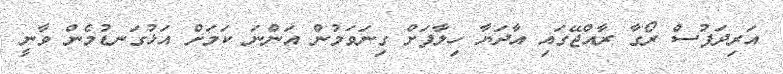
އަރިދަފުސް ރޯގާ ރާއްޖޭގައި އާދަޔާ ހިލާފަށް ގިނަވަމުން އަންނަ ކަމަށް އަޅުގަނޑުމެން ވާނީ